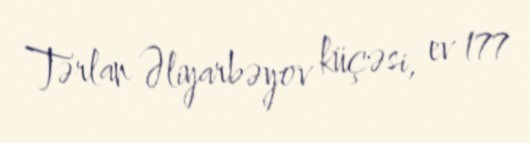
Tərlan Əliyarbəyov küçəsi, ev 177